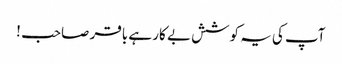
آپ کی یہ کوشش بے کار ہے باقر صاحب !